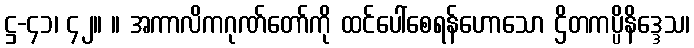
ဋ္ဌ-၄၁၊ ၄၂။ ။ အကာလိကဂုဏ်တော်ကို ထင်ပေါ်စေရန်ဟောသော ဌိတကပ္ပိနိဒ္ဒေသ၊